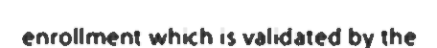
enrollment which is validated by the